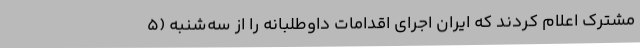
مشترک اعلام کردند که ایران اجرای اقدامات داوطلبانه را از سه‌شنبه (۵